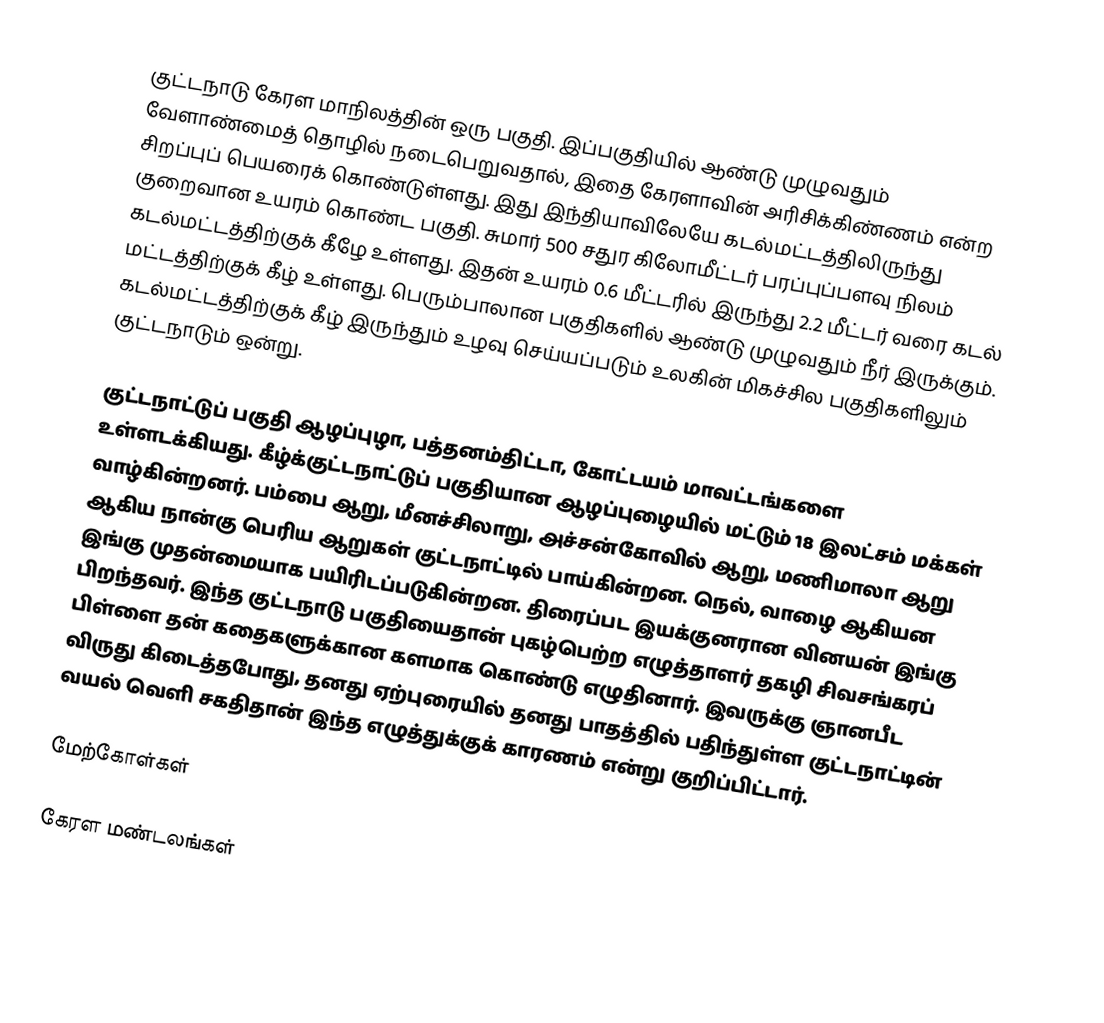
குட்டநாடு கேரள மாநிலத்தின் ஒரு பகுதி. இப்பகுதியில் ஆண்டு முழுவதும் வேளாண்மைத் தொழில் நடைபெறுவதால், இதை கேரளாவின் அரிசிக்கிண்ணம் என்ற சிறப்புப் பெயரைக் கொண்டுள்ளது. இது இந்தியாவிலேயே கடல்மட்டத்திலிருந்து குறைவான உயரம் கொண்ட பகுதி. சுமார் 500 சதுர கிலோமீட்டர் பரப்புப்பளவு நிலம் கடல்மட்டத்திற்குக் கீழே உள்ளது. இதன் உயரம் 0.6 மீட்டரில் இருந்து 2.2 மீட்டர் வரை கடல் மட்டத்திற்குக் கீழ் உள்ளது. பெரும்பாலான பகுதிகளில் ஆண்டு முழுவதும் நீர் இருக்கும். கடல்மட்டத்திற்குக் கீழ் இருந்தும் உழவு செய்யப்படும் உலகின் மிகச்சில பகுதிகளிலும் குட்டநாடும் ஒன்று.

குட்டநாட்டுப் பகுதி ஆழப்புழா, பத்தனம்திட்டா, கோட்டயம் மாவட்டங்களை உள்ளடக்கியது.  கீழ்க்குட்டநாட்டுப் பகுதியான ஆழப்புழையில் மட்டும் 18 இலட்சம் மக்கள் வாழ்கின்றனர். பம்பை ஆறு, மீனச்சிலாறு, அச்சன்கோவில் ஆறு, மணிமாலா ஆறு ஆகிய நான்கு பெரிய ஆறுகள் குட்டநாட்டில் பாய்கின்றன. நெல், வாழை ஆகியன இங்கு முதன்மையாக பயிரிடப்படுகின்றன. திரைப்பட இயக்குனரான வினயன் இங்கு பிறந்தவர். இந்த குட்டநாடு பகுதியைதான் புகழ்பெற்ற எழுத்தாளர் தகழி சிவசங்கரப் பிள்ளை தன் கதைகளுக்கான களமாக கொண்டு எழுதினார். இவருக்கு ஞானபீட விருது கிடைத்தபோது, தனது ஏற்புரையில் தனது பாதத்தில் பதிந்துள்ள குட்டநாட்டின் வயல் வெளி சகதிதான் இந்த எழுத்துக்குக் காரணம் என்று குறிப்பிட்டார்.

மேற்கோள்கள்

கேரள மண்டலங்கள்